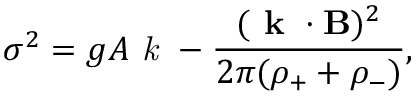
\sigma ^ { 2 } = g A \textit { k } - \frac { ( \textbf { k } \cdot { \bf B } ) ^ { 2 } } { 2 \pi ( \rho _ { + } + \rho _ { - } ) } ,